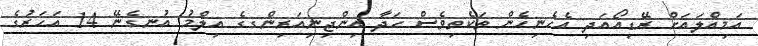
އަމިއްލައަށް ރޭޑިއޯއަދި އެހެނިހެން ތަކެތިވެސް ހަދާ އިންޖިނިއަރިންގގެ އިލްމު އުނގެނޭ 14 އަހަރުގެ